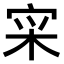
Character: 𫳍